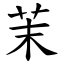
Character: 茉